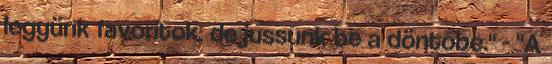
legyünk favoritok, de jussunk be a döntőbe." - "A